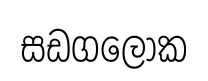
සඩගලෝක